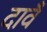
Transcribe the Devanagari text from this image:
दावँ